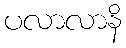
ပလာလာနိ